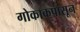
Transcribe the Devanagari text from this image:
गोकाकपासून